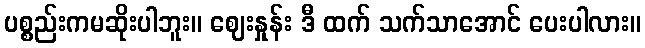
ပစ္စည်းကမဆိုးပါဘူး။ ဈေးနှုန်း ဒီ ထက် သက်သာအောင် ပေးပါလား။